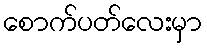
စောက်ပတ်လေးမှာ